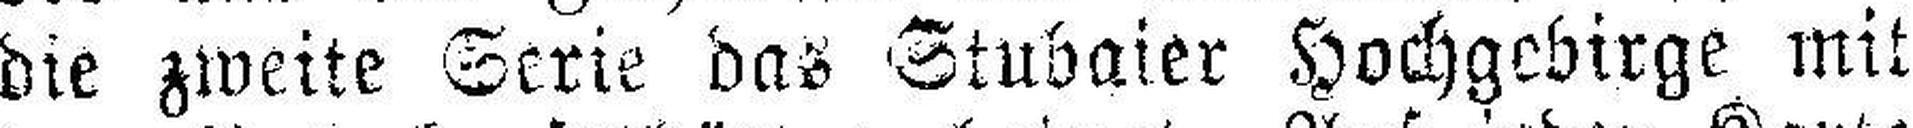
die zweite Serie das Stubaier Hochgebirge mit